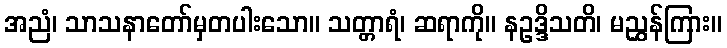
အညံ၊ သာသနာတော်မှတပါးသော။ သတ္တာရံ၊ ဆရာကို။ နဥဒ္ဒိသတိ၊ မညွှန်ကြား။